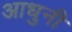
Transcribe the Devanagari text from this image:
आधुनी